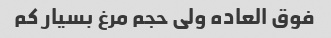
فوق العاده ولی حجم مرغ بسیار کم